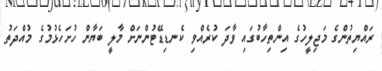
ރައްޔިތުންގެ މަޖިލީހުގެ އިންތިހާބުގައި ވާދަ ކުރެއްވި ކެނޑިޑޭޓުންނަށް މާލީ ބަޔާން ހުށަހެޅުމުގެ މުއްދަތު